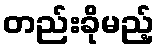
တည်းခိုမည့်